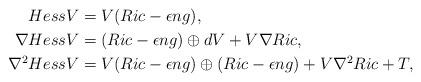
LaTeX: \begin{align*} Hess V & = V(Ric - \epsilon ng), \\ \nabla Hess V & = (Ric - \epsilon n g)\oplus dV + V\nabla Ric, \\ \nabla^{2} Hess V & = V(Ric -\epsilon ng)\oplus(Ric -\epsilon ng) + V\nabla^2 Ric + T, \end{align*}